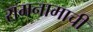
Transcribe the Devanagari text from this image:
रामनामाची